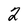
Character: 2